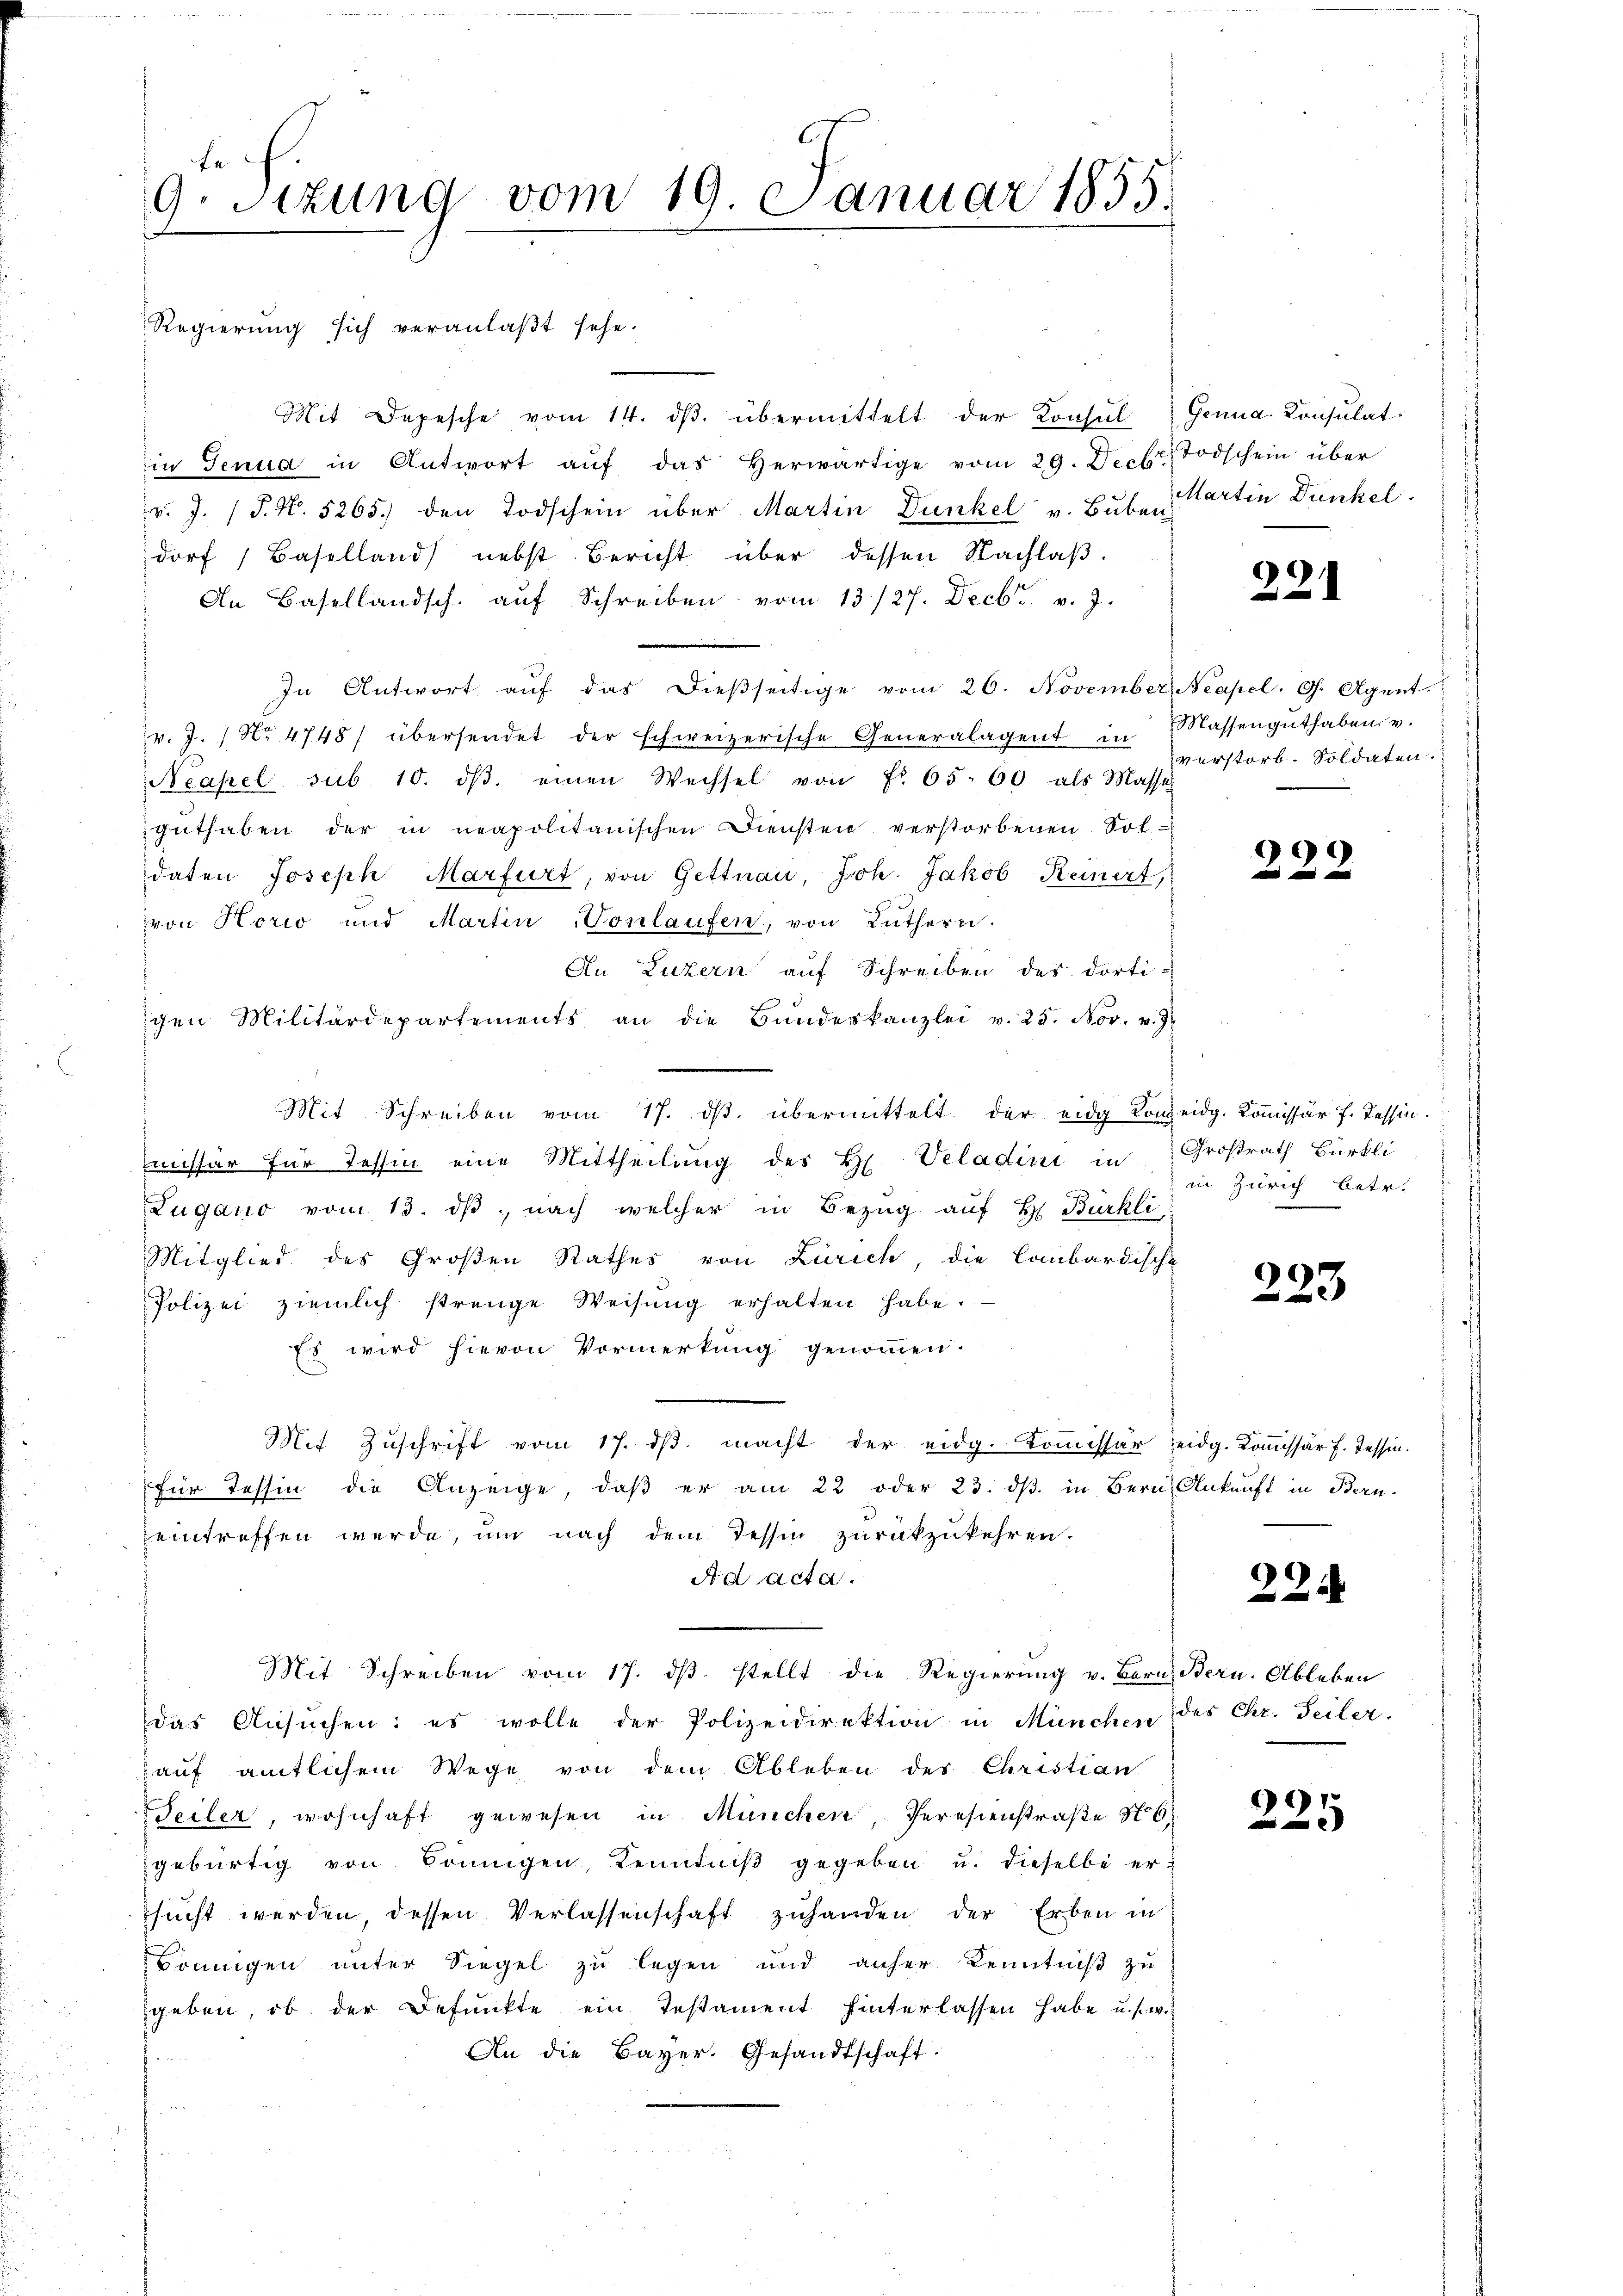
fe
9.Stzung vom 19. Januar 1855.

Regierung sich veranlaßt sehe.
Mit Depesche vom 14. ds. übermittelt der Konsul
in Genua in Antwort aŭf das herwärtige vom 29. Decbr. Todschein über
v. J. P. N. 5265. den Todschein über Martin Dunkel v. Buben
dorf (Baselland nebst Bericht über dessen Nachlaß.
An Basellandsch. aŭf Schreiben vom 13/27. Decbr. v. J.
In Antwort aŭf das dießseitige vom 26. November, Neapel. G. Agent.
v. J. 1 No 4748) übersendet der schweizerische Generalagent in Massengŭthaben v.
Neapel sub 10. dβ. einen Wechsel von Fr. 65. 60 als Masse
guthaben der in neapolitanischen Diensten verstorbenen Sol
daten Joseph Marfurt, von Gettnau, Joh. Jakob Reinert,
von Horio und Martin-Vonlaufen, von Luthern.
An Luzern auf Schreiben des dorti-
gen Militärdepartements an die Bŭndeskanzlei v. 25. Nov. v. J.
Mit Schreiben vom 17. ds. übermittelt der eidg Konseidg. Kommissär f. Tessin.
missär für Tessin eine Mittheilung des H. Veladini in Großrath Bürkli
Zugano vom 13. dβ nach welcher in Bezug auf Hr Bürkli
Mitglied des Großen Rathes von Zürich, die lombardische
Polizei ziemlich strenge Weisŭng erhalten habe.
Es wird hievon Vormerkung genommen.
Mit Zuschrift vom 17. dβ. macht der eidg. Commissär eidg. Kommissär f. Tessin.
für Tessin die Anzeige, daβ er am 22 oder 23. dβ. in Bern, Ankunft in Bern.
eintreffen werde, um nach dem Tessin zurückzukehren.
Ad acta.
Mit Schreiben vom 17. dβ stellt die Regierung v. Bern, Bern. Ableben
das Ansuchen: es wolle der Polizeidirektion in München
auf amtlichem Wege von dem Ableben des Christian
Seiler, wohnhaft gewesen in München, Peresienstraße No 6.
gebürtig von Sonnigen, Kenntniß gegeben u. dieselbe ersucht werden, dessen Verlassenschaft zuhanden der Erben in
Sönnigen unter Siegel zu legen und anher Kenntniß zu
geben, ob der Befunkte ein Testament hinterlassen habe u. s. w.
An die Bayer. Gesandtschaft:

Genua, Konsulat
Martin Dunkel.

221

verstorb. Soldaten.

229

in Zürich betr.

223

22

des Chr. Seiler.

27